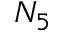
N _ { 5 }